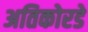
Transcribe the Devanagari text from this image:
अतिकोरडे